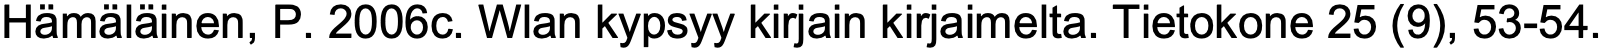
Hämäläinen, P. 2006c. Wlan kypsyy kirjain kirjaimelta. Tietokone 25 (9), 53-54.